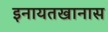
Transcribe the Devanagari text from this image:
इनायतखानास